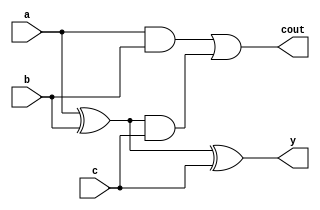
module add3_FA(y,cout,a,b,c);
  output y,cout;
  input a,b,c;
  wire c3,c1,c2;
  
  xor x1 (c1,a,b);
  xor x2 (y,c1,c);
  
  and a1 (c2,a,b);
  and a2 (c3,c1,c);
  or o1 (cout,c2,c3);
  
endmodule

module add3_struct(Y,A,B,C);
parameter N = 8;
output [N-1:0]Y;
input [N-1:0]A,B,C;
wire [N-1:1]ci1,ci2;
wire [N-1:0]carry;
wire cout1,cout2;


add3_FA fa0[N-1:0](carry,{cout1,ci1[N-1:1]},A,B,{ci1[N-1:1],1'b0});
add3_FA fa1[N-1:0](Y,{cout2,ci2[N-1:1]},carry,C,{ci2[N-1:1],1'b0});
endmodule